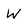
Character: W